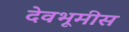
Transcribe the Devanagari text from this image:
देवभूमीस